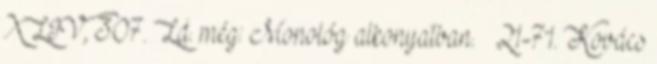
XLIV, 307. Ld. még: Monológ alkonyatban. – 21-71. Kovács